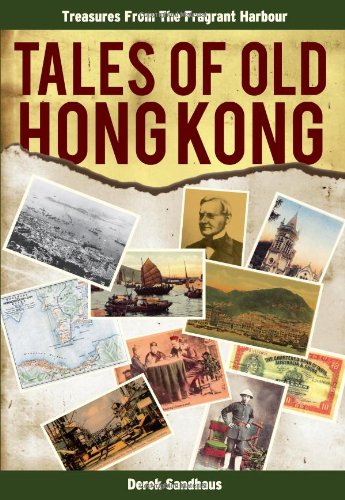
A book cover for Tales of Old Hong Kong: Treasures from the Fragrant Harbour; Derek Sandhaus; History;